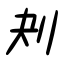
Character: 刔